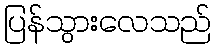
ပြန်သွားလေသည်